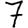
Digit: 7